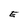
Character: E